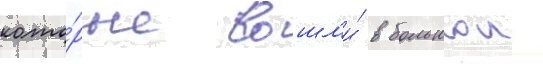
кото́рые вошл'и́ в большои